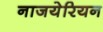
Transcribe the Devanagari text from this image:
नाजयेरियन